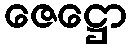
ဇေဋ္ဌော